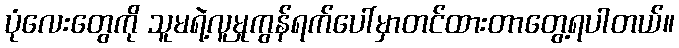
ပုံလေးတွေကို သူမရဲ့လူမှုကွန်ရက်ပေါ်မှာတင်ထားတာတွေ့ရပါတယ်။